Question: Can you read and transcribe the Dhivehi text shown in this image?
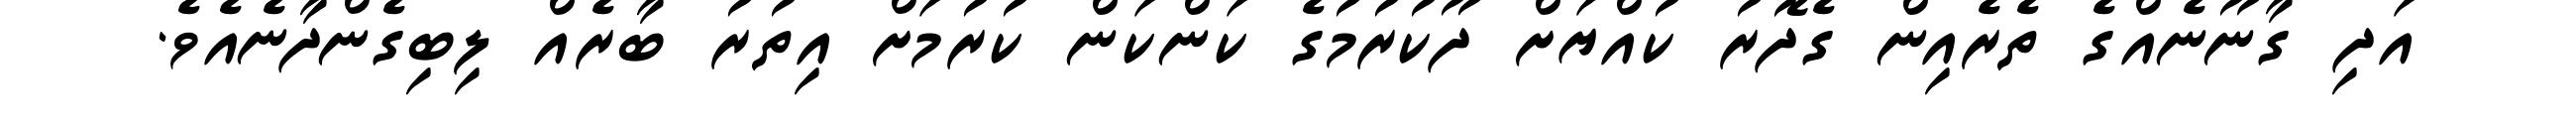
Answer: އަދި ގާނޫނެއްގެ ތެރެއިން ގެދޮރު ކުއްޔަށް ދޫކުރުމުގެ ކަންކަން ކުރުމަށް އިތުރު ބާރެއް ލިބިގެންދާނެއެވެ.